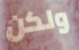
ولكن